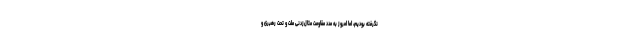
نگرفته بودیم، اما امروز به مدد مقاومت مثال‌زدنی ملت و تحت رهبری و